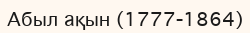
Абыл ақын (1777-1864)